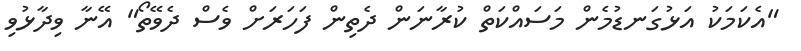
"އެކަމަކު އަޅުގަނޑުމެން މަސައްކަތް ކުރާނަން ދެތިން ފަހަރަށް ވެސް ދެވޭތޯ" އޭނާ ވިދާޅުވި